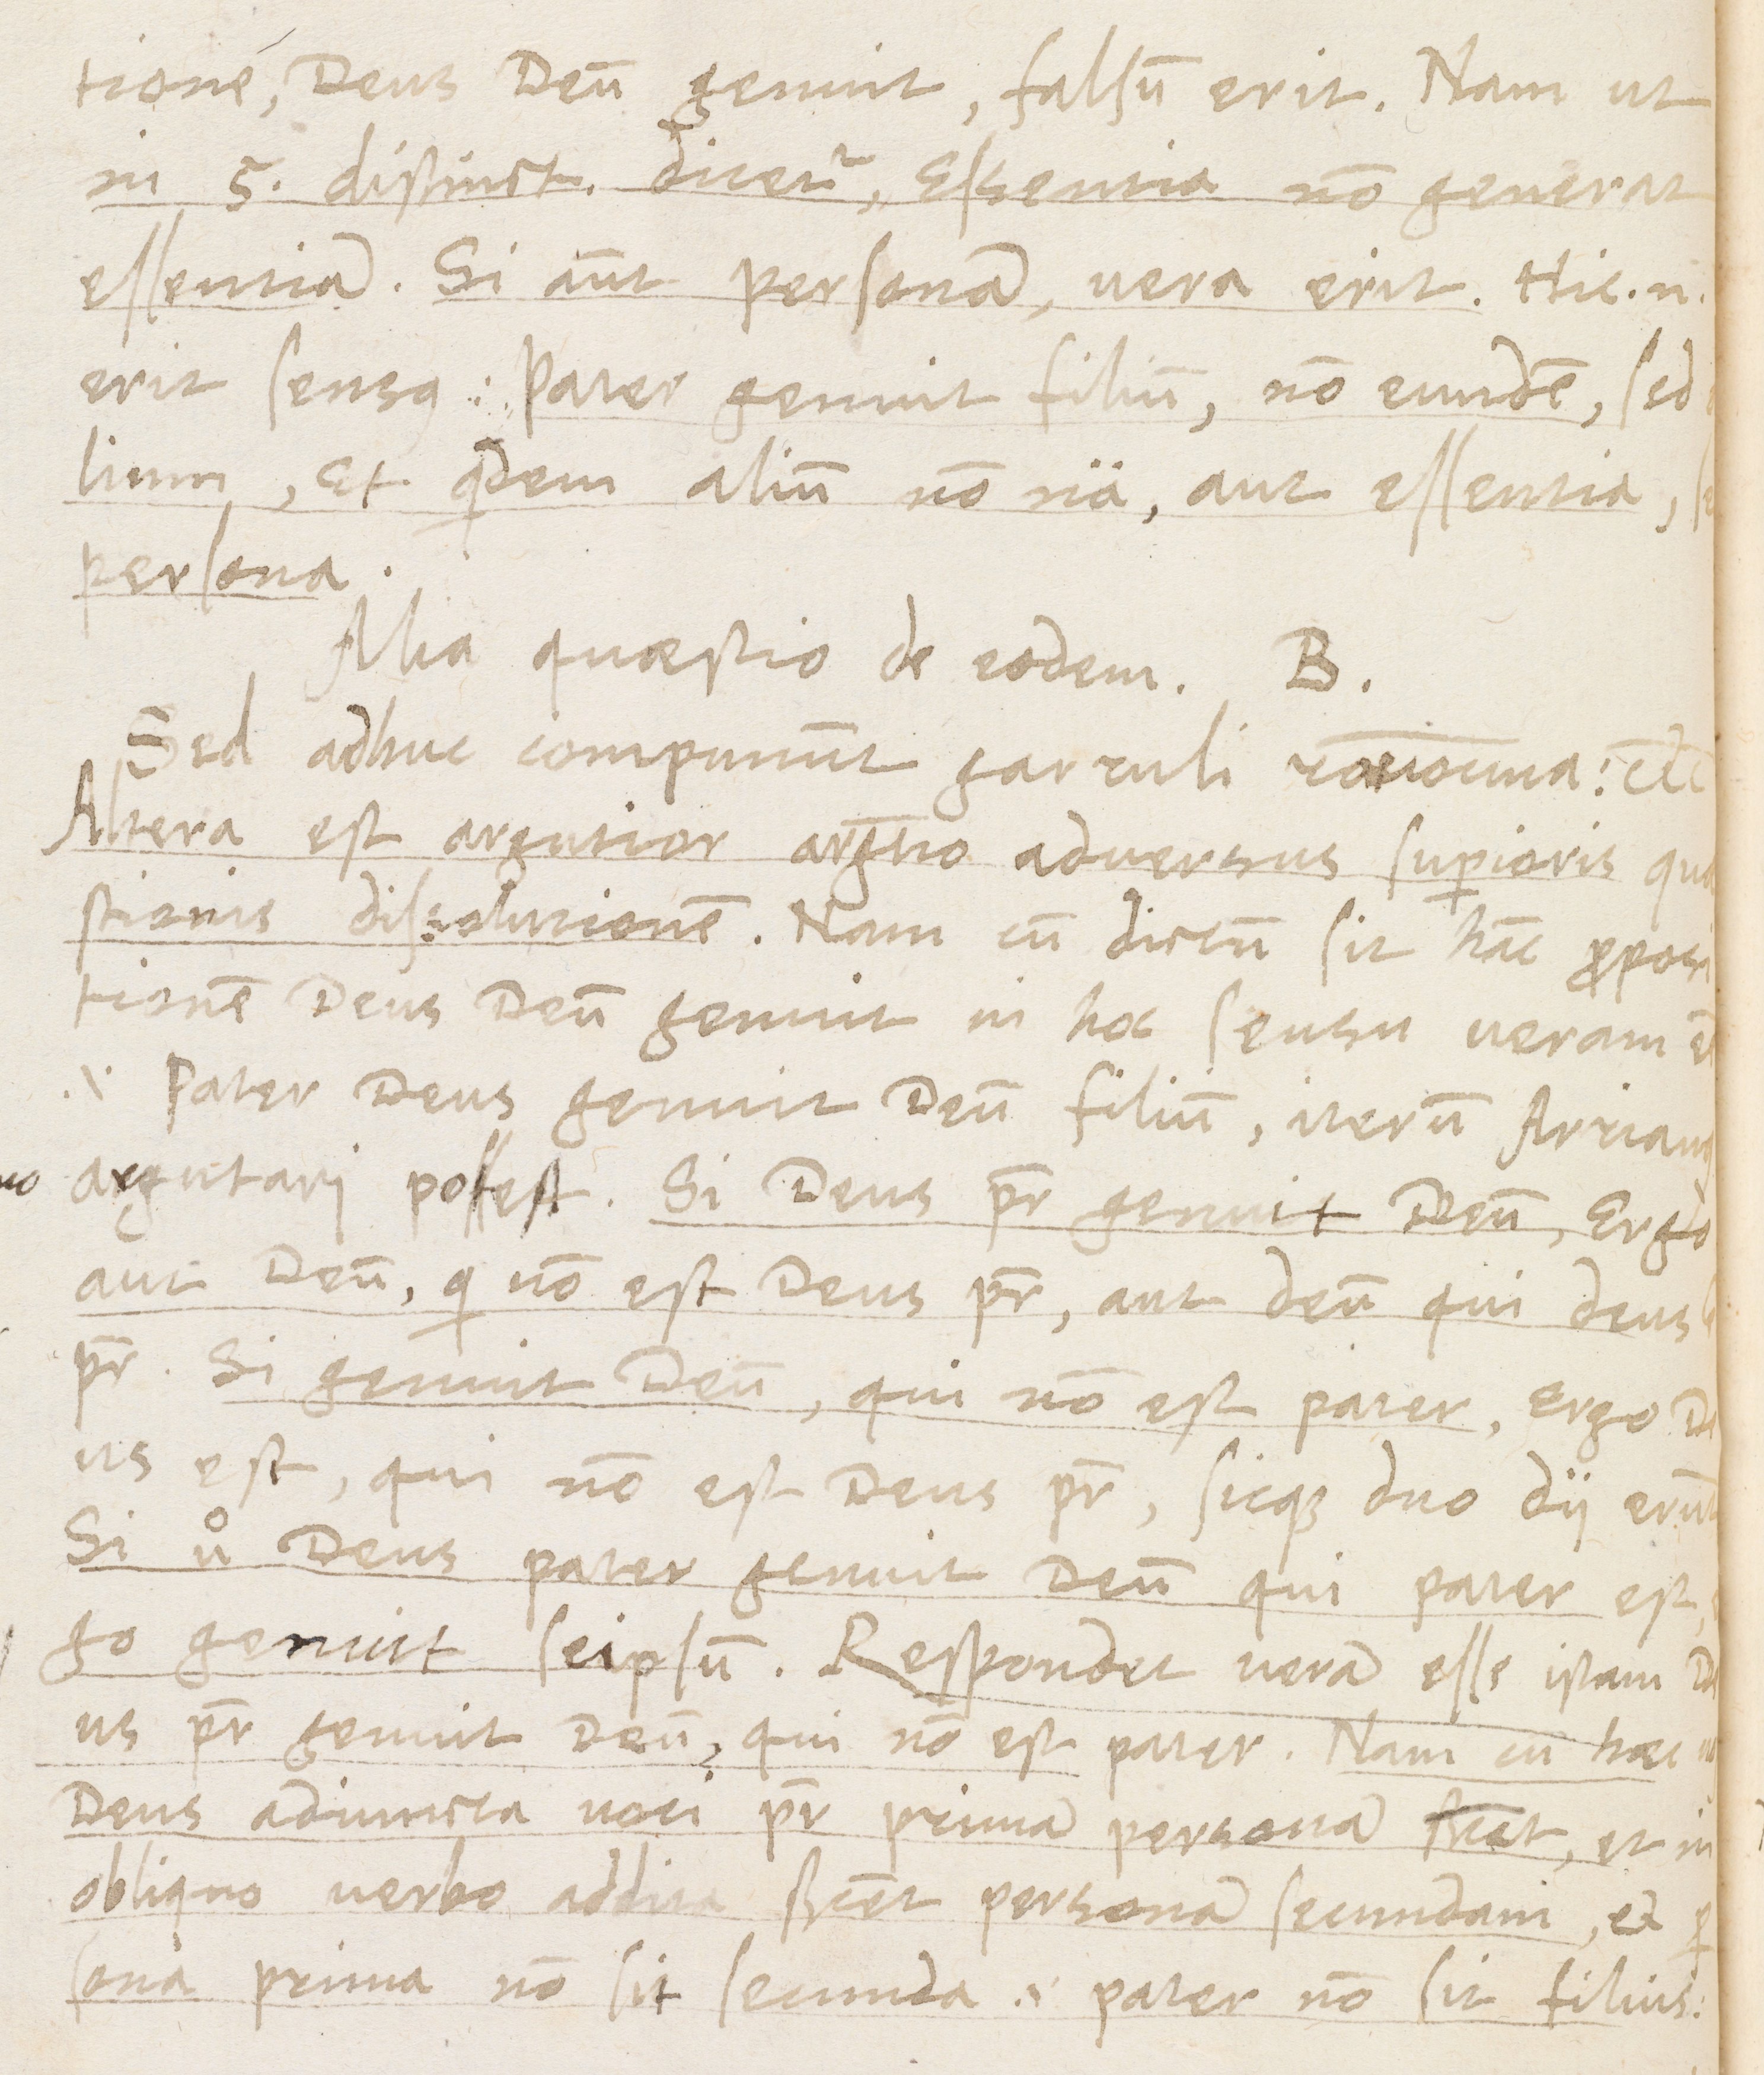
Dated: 1565–1566